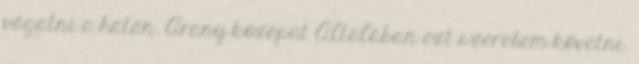
vágatni a hátán. Arany középút Általában ezt szeretem követni.